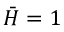
\bar { H } = 1